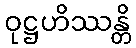
ဝုဋ္ဌဟိဿန္တိ